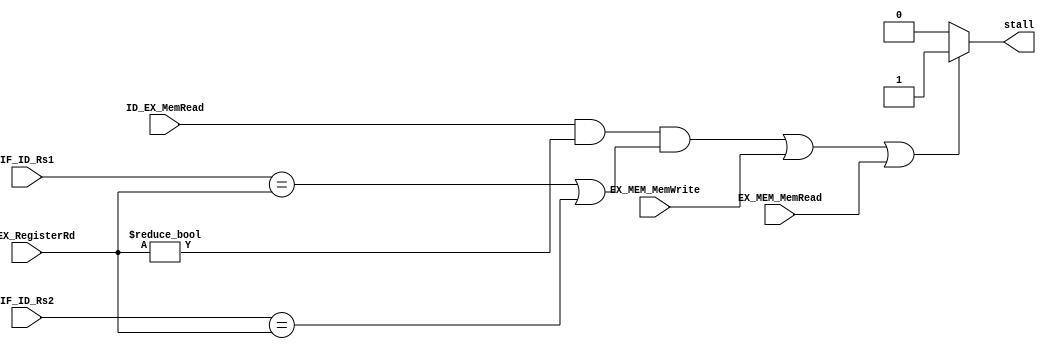
`timescale 1ns / 1ps
//////////////////////////////////////////////////////////////////////////////////
// Company: 
// Engineer: 
// 
// Design Name: 
// Module Name: hazard_detection_unit
// Project Name: 
// Target Devices: 
// Tool Versions: 
// Description: 
// 
// Dependencies: 
// 
// Revision:
// Revision 0.01 - File Created
// Additional Comments:
// 
//////////////////////////////////////////////////////////////////////////////////


module hazard_detection_unit(
    input [4:0] IF_ID_Rs1, IF_ID_Rs2,
    input ID_EX_MemRead,EX_MEM_MemRead,EX_MEM_MemWrite,
    input [4:0] ID_EX_RegisterRd,
    output reg stall
);

    always @(*)begin

         if(ID_EX_MemRead && ID_EX_RegisterRd!=0 && (IF_ID_Rs1 == ID_EX_RegisterRd || IF_ID_Rs2 == ID_EX_RegisterRd )|| EX_MEM_MemWrite || EX_MEM_MemRead )
               stall = 1;
        else
            stall=0;
    end
endmodule